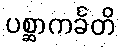
ပစ္ဆာကင်္ခတိ